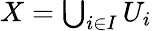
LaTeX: \textstyle X=\bigcup_{i\in I}U_{i}